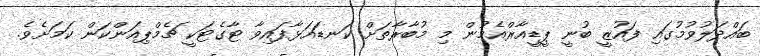
ބައްދަލުވުމުގައި ފައުޒީ ބުނީ ޕީޑީއާރްއެމުން މި މުބާރާތަށް ކަނޑައަޅާފައިވާ ޓާގެޓަކީ ޗެމްޕިއަންކަން ކަމަށެވެ.